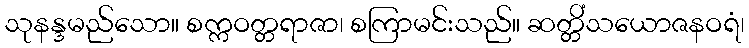
သုနန္ဒမည်သော။ စက္ကဝတ္တရာဇာ၊ စကြာမင်းသည်။ ဆတ္တိံသယောဇနဝရံ၊